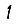
Digit: 1